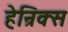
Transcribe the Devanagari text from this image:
हेन्रिक्स